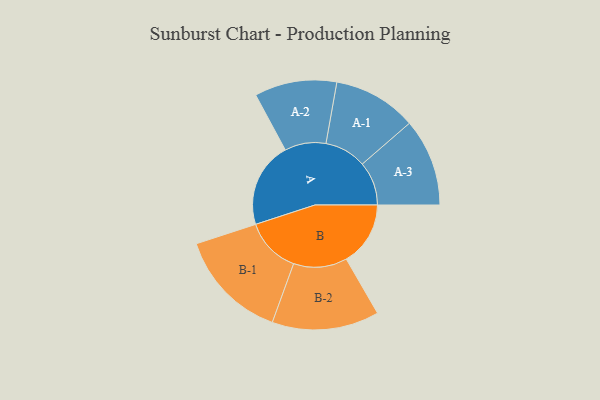
{"axis": {"x": "Segment", "y": "Value"}, "legend": ["", "A", "B"], "data": [{"x": "A", "y": 419, "type": ""}, {"x": "B", "y": 315, "type": ""}, {"x": "A-1", "y": 205, "type": "A"}, {"x": "A-2", "y": 202, "type": "A"}, {"x": "A-3", "y": 215, "type": "A"}, {"x": "B-1", "y": 273, "type": "B"}, {"x": "B-2", "y": 263, "type": "B"}]}